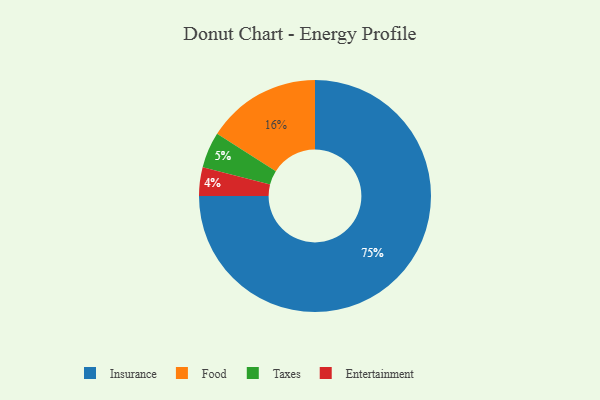
{"axis": {"x": "Category", "y": "Percentage"}, "legend": ["Entertainment", "Food", "Insurance", "Taxes"], "data": [{"x": "Taxes", "y": 5, "type": "Taxes"}, {"x": "Insurance", "y": 75, "type": "Insurance"}, {"x": "Entertainment", "y": 4, "type": "Entertainment"}, {"x": "Food", "y": 16, "type": "Food"}]}